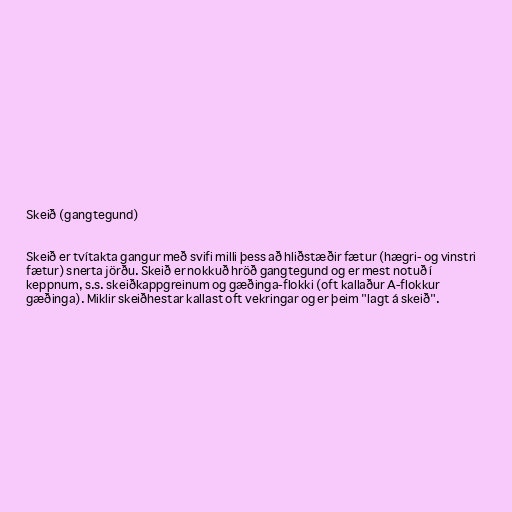
Skeið (gangtegund)

Skeið er tvítakta gangur með svifi milli þess að hliðstæðir fætur (hægri- og vinstri
fætur) snerta jörðu. Skeið er nokkuð hröð gangtegund og er mest notuð í
keppnum, s.s. skeiðkappgreinum og gæðinga-flokki (oft kallaður A-flokkur
gæðinga). Miklir skeiðhestar kallast oft vekringar og er þeim "lagt á skeið".